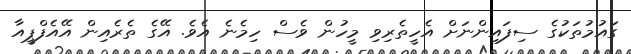
ގައުމުތަކުގެ ސިފައިންނަށް އެހީތެރިވި މީހުން ވެސް ހިމެނެ އެވެ. އޭގެ ތެރެއިން އޭއެފްޕީއާ